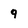
Character: 9